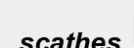
scathes